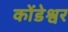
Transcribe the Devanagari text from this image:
कोंडेश्वर